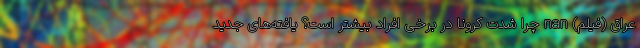
عراق (فیلم) nan چرا شدت کرونا در برخی افراد بیشتر است؟ یافته‌های جدید